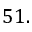
5 1 .